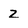
Character: Z